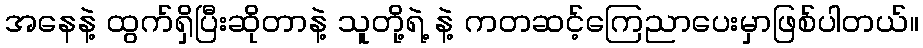
အနေနဲ့ ထွက်ရှိပြီးဆိုတာနဲ့ သူတို့ရဲ့ နဲ့ ကတဆင့်ကြေညာပေးမှာဖြစ်ပါတယ်။